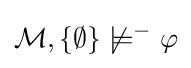
{\mathcal {M}},\{\emptyset \}\not \models ^{-}\varphi